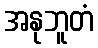
အနုဘူတံ